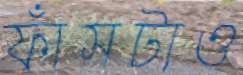
ফাঁসটাও